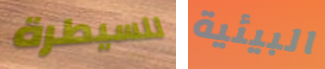
للسيطرة البيئية